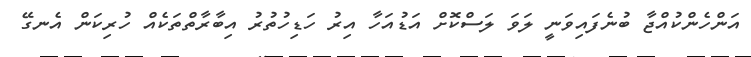
އަންހެންކުއްޖާ ބުނެފައިވަނީ ލަވަ ލަސްކޮށް އަޑުއަހާ އިރު ހަޑިހުތުރު އިބާރާތްތަކެއް ހުރިކަން އެނގޭ